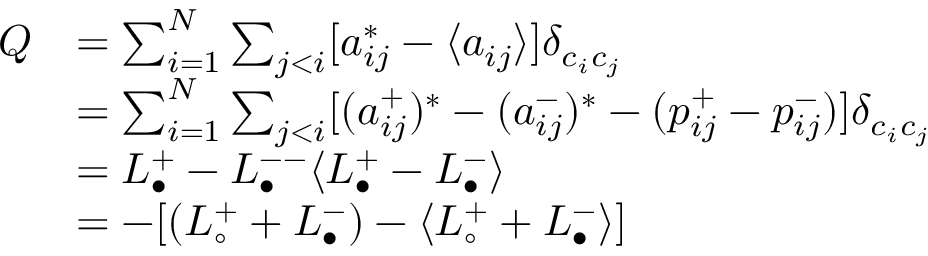
\begin{array} { r l } { Q } & { = \sum _ { i = 1 } ^ { N } \sum _ { j < i } [ a _ { i j } ^ { * } - \langle a _ { i j } \rangle ] \delta _ { c _ { i } c _ { j } } } \\ & { = \sum _ { i = 1 } ^ { N } \sum _ { j < i } [ ( a _ { i j } ^ { + } ) ^ { * } - ( a _ { i j } ^ { - } ) ^ { * } - ( p _ { i j } ^ { + } - p _ { i j } ^ { - } ) ] \delta _ { c _ { i } c _ { j } } } \\ & { = L _ { \bullet } ^ { + } - L _ { \bullet } ^ { -- } \langle L _ { \bullet } ^ { + } - L _ { \bullet } ^ { - } \rangle } \\ & { = - [ ( L _ { \circ } ^ { + } + L _ { \bullet } ^ { - } ) - \langle L _ { \circ } ^ { + } + L _ { \bullet } ^ { - } \rangle ] } \end{array}